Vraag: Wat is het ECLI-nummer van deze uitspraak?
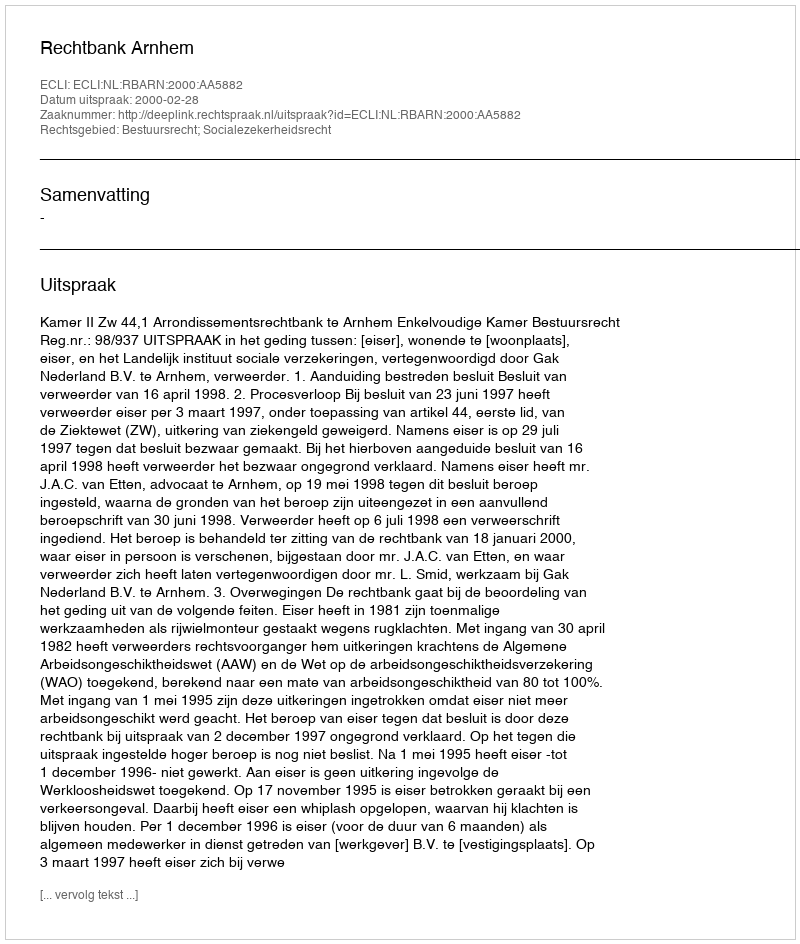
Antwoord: ECLI:NL:RBARN:2000:AA5882